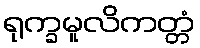
ရုက္ခမူလိကတ္တံ